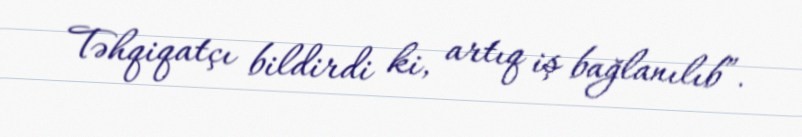
Təhqiqatçı bildirdi ki, artıq iş bağlanılıb”.